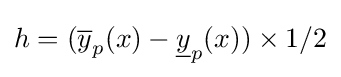
h=({\overline {y}}_{p}(x)-{\underline {y}}_{p}(x))\times 1/2